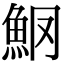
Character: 𫙑